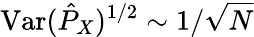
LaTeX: \mathrm{Var}(\hat{P}_{X})^{1/2}\sim 1/\sqrt{N}